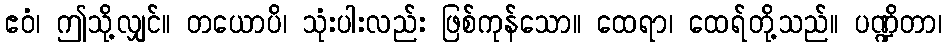
ဧဝံ၊ ဤသို့လျှင်။ တယောပိ၊ သုံးပါးလည်း ဖြစ်ကုန်သော။ ထေရာ၊ ထေရ်တို့သည်။ ပဏ္ဍိတာ၊